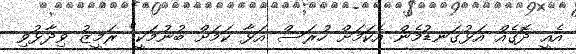
އެއީ ދޮގެއް އަޅުގަނޑުމެން އެކަމަށް ހުރަސް އަޅާ ކަމަށް ބުނުމަކީ" ރަމީޒު ވިދާޅުވި